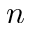
n